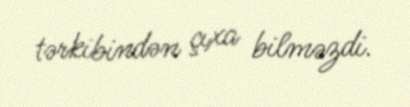
tərkibindən çıxa bilməzdi.